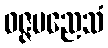
ဝဇ္ဇမညေသံ